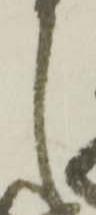
し